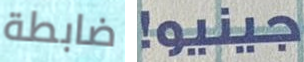
ضابطة جينيو!